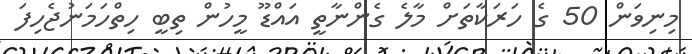
މިނިވަން 50 ގެ ހަރަކާތަށް މާލެ ގެންނާތީ އައްޑޫ މީހުން ތިބީ ހިތްހަމަނުޖެހިފަ